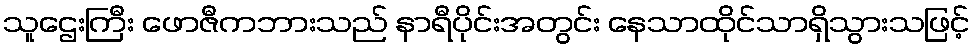
သူဌေးကြီး ဖောဇီကဘားသည် နာရီပိုင်းအတွင်း နေသာထိုင်သာရှိသွားသဖြင့်